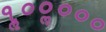
૧ૢ૦૦ૢ૦૦૦